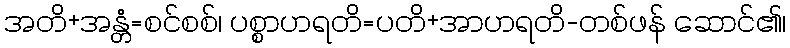
အတိ+အန္တံ=စင်စစ်၊ ပစ္စာဟရတိ=ပတိ+အာဟရတိ-တစ်ဖန် ဆောင်၏၊